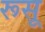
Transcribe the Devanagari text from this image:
रूसू